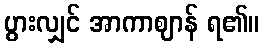
ပွားလျှင် အာကာဈာန် ရ၏။